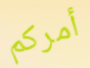
أمركم